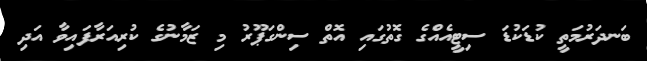
ބަނދަރުމަތީ ކުޑަކުޑަ ސިޓީއެއްގެ ގޮތުގައި އޮތް ސިންގަޕޫރު މި ޒަމާނުގެ ކުރިއަރާފައިވާ އަދި